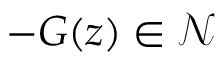
- G ( z ) \in \mathcal { N }